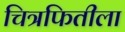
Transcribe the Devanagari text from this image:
चित्रफितीला